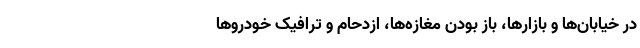
در خیابان‌ها و بازارها، باز بودن مغازه‌ها، ازدحام و ترافیک خودروها